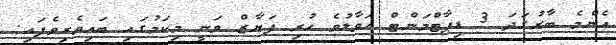
އެންމެ ބާރުގަދަ 3 ޑިޕާޓްމަންޓް ހަވާލުވެ ހުރި ފަޔާޒް ވަނީ މިކަމުގައި ބައިވެރިވެފައި.